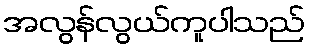
အလွန်လွယ်ကူပါသည်